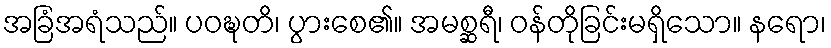
အခြံအရံသည်။ ပဝဍ္ဎတိ၊ ပွားစေ၏။ အမစ္ဆရီ၊ ဝန်တိုခြင်းမရှိသော။ နရော၊